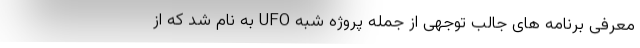
معرفی برنامه های جالب توجهی از جمله پروژه شبه UFO به نام شد که از